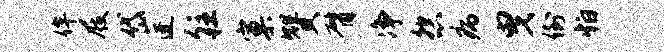
侔屐岱迓往窠赞臂净怨病曳倒怕